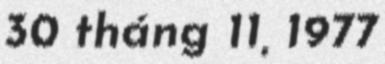
30 tháng 11, 1977